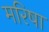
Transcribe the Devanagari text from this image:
मरिषा